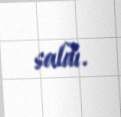
saldı.